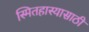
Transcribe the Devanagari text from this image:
स्मितहास्यासाठी